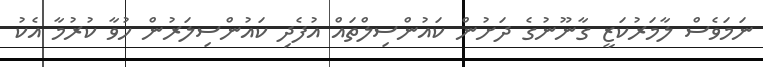
ނަމަވެސް ލާމަރުކަޒީ ގާނޫނުގެ ދަށުން ކައުންސިލްތައް އުފެދި ކައުންސިލަރުން ހުވާ ކުރުމާ އެކު